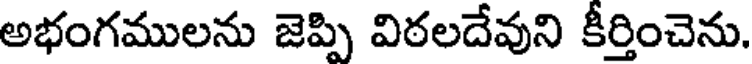
అభంగములను జెప్పి విఠలదేవుని కీర్తించెను.